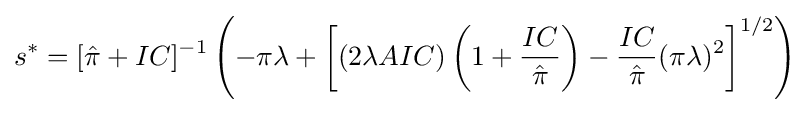
s^{*}=[{\hat {\pi }}+IC]^{-1}\left(-\pi \lambda +\left[(2\lambda AIC)\left(1+{\frac {IC}{\hat {\pi }}}\right)-{\frac {IC}{\hat {\pi }}}(\pi \lambda )^{2}\right]^{1/2}\right)